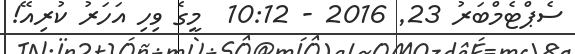
ސެޕްޓެމްބަރު 23